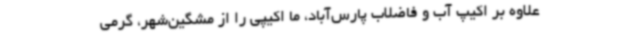
علاوه بر اکیپ آب و فاضلاب پارس‌آباد، ما اکیپی را از مشگین‌شهر، گرمی